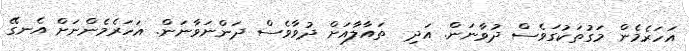
އަހަރެމެން މަގުތަކުގަވެސް ދުވާނަން. އަދި  ތައާލާއަށް ދުވާވެސް ދަންނަވާނަން. އަހަރެމެންނަށް އެނގޭ